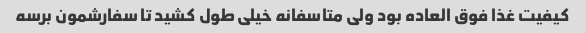
کیفیت غذا فوق العاده بود ولی متاسفانه خیلی طول کشید تا سفارشمون برسه